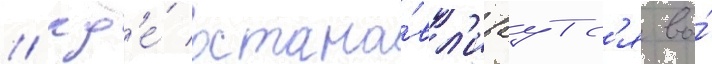
/ гд'е́ остана́вл'иваутс'я во́